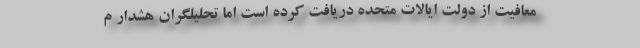
معافیت از دولت ایالات متحده دریافت کرده است اما تحلیلگران هشدار م